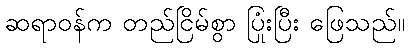
ဆရာဝန်က တည်ငြိမ်စွာ ပြုံးပြီး ဖြေသည်။